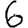
Digit: 6